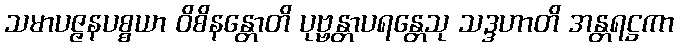
သမာပဇ္ဇနပစ္စယာ ဝိစိနန္တောတိ ပုဗ္ဗန္တာပရန္တေသု သဒ္ဒဟာတိ အန္တရဋ္ဌကာ